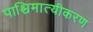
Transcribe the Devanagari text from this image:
पाश्चिमात्यीकरण